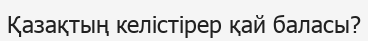
Қазақтың келістірер қай баласы?